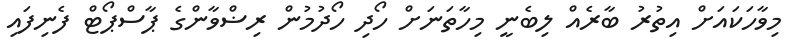
މިވާހަކައަށް އިތުރު ބާރެއް ލިބެނީ މިހާތަނަށް ހޯދި ހޯދުމުން ރިޟްވާންގެ ޕާސްޕޯޓް ފެނިފައި